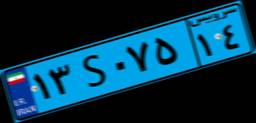
۱۳S۰۷۵۱۴